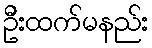
ဦးထက်မနည်း